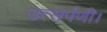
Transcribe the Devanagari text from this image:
उत्सर्पणी।